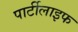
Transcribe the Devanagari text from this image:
पार्टीलाइफ